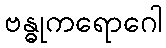
ဗန္ဓုကရောဂေါ